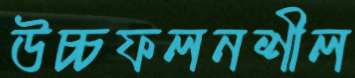
উচ্চফলনশীল